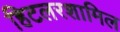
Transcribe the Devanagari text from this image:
हिटलरशामिल